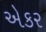
એકર